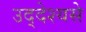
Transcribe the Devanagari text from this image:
उद्देश्‍यसे